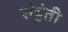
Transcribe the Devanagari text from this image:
संहंती